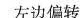
左边偏转